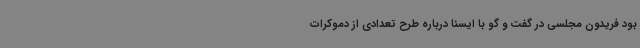
بود فریدون مجلسی در گفت و گو با ایسنا درباره طرح تعدادی از دموکرات